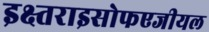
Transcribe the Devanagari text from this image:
इक्ष्तराइसोफएजीयल